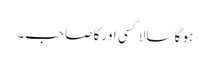
ہو گا سالا کسی اور کا صاحب۔